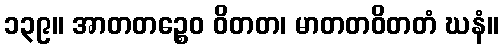
၁၃၉။ အာတတဉ္စေဝ ဝိတတ၊ မာတတဝိတတံ ဃနံ။